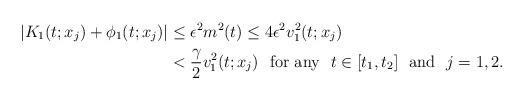
LaTeX: \begin{align*} |K_1(t;x_j)+\phi_1(t;x_j)|&\leq\epsilon^2m^2(t)\leq4\epsilon^2v_1^2(t;x_j)\\&<\frac{\gamma}{2}v_1^2(t;x_j)~~{\rm for~any}~~t\in[t_1,t_2]~~{\rm and}~~j=1,2.\end{align*}